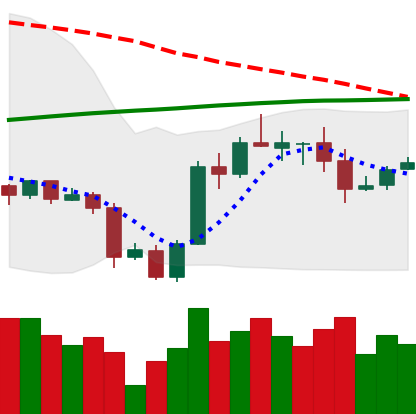
Ticker: ADA-USD
Chart end date: 2020-10-05
Forward return: 7.669%
Label: up_7plus